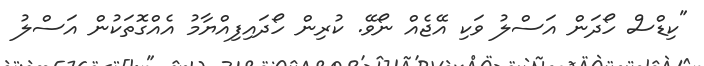
"ކިޑްސް ހޯދަން އަސްލު ވަކި އޭޖެއް ނޯވޭ. ކުރިން ހޯދައިފިއްޔާމު އެއްގޮތަކުން އަސްލު